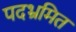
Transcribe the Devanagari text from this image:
पदभ्रमित